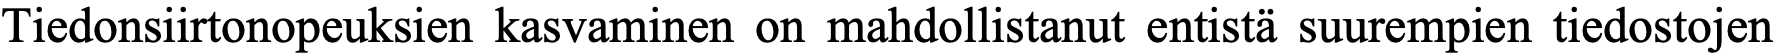
Tiedonsiirtonopeuksien kasvaminen on mahdollistanut entistä suurempien tiedostojen